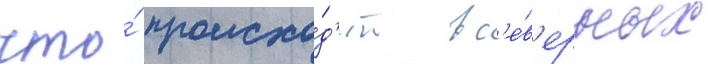
что́ происхо́д'ит в с'е́в'ерных